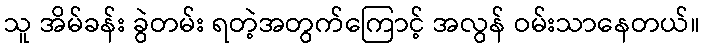
သူ အိမ်ခန်း ခွဲတမ်း ရတဲ့အတွက်ကြောင့် အလွန် ဝမ်းသာနေတယ်။